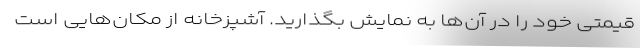
قیمتی خود را در آن‌ها به نمایش بگذارید. آشپزخانه از مکان‌هایی است